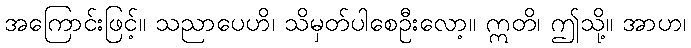
အကြောင်းဖြင့်။ သညာပေဟိ၊ သိမှတ်ပါစေဦးလော့။ ဣတိ၊ ဤသို့။ အာဟ၊